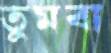
তুমবা